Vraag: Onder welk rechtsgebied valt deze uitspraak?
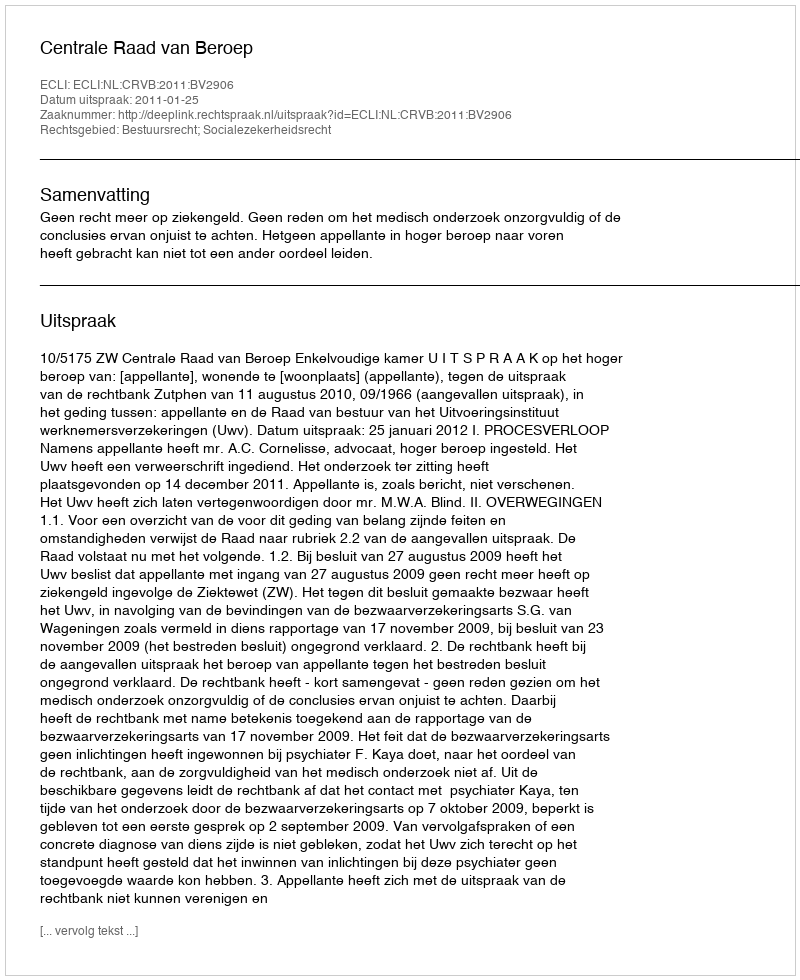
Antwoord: Bestuursrecht; Socialezekerheidsrecht